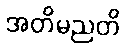
အတိမညတိ